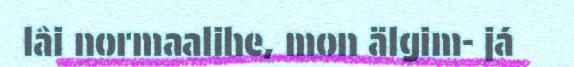
lâi normaalihe, mon älgim- já